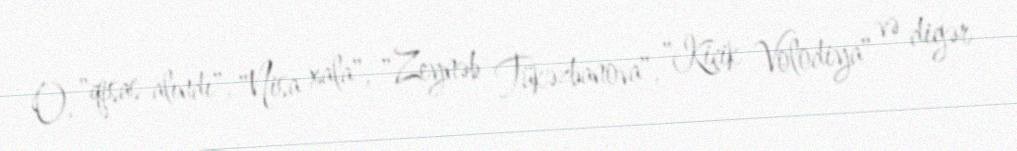
O, "qisas alındı", "Nisa xala", "Zeynəb Tükəzbanova", "Kiçik Volodiya" və digər